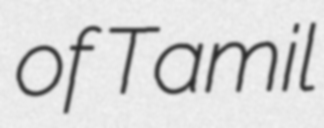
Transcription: of Tamil